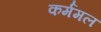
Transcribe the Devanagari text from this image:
कर्ममल